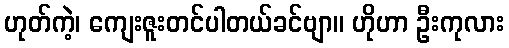
ဟုတ်ကဲ့၊ ကျေးဇူးတင်ပါတယ်ခင်ဗျာ။ ဟိုဟာ ဦးကုလား